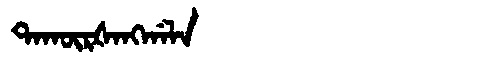
Manchu: ᡨᠠᡴᡡᡵᡧᠠᠩᡤᠠᠯᠠ
Romanization: TAKŪRŠANGGALA